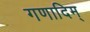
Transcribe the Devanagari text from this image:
गणादिम्